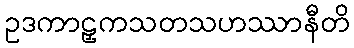
ဥဒကာဠှကသတသဟဿာနီတိ